system: You are a helpful assistant.
user:
Analyze the provided spectrum to determine if it is a **S-type Star**.

- **Key Indicators for S-type Star:**

    - **(Overall Spectrum Shape):** The first and most obvious characteristic is the overall continuum (the "baseline" shape). It is **extremely "red-sloping,"** meaning the flux (light intensity) is very low on the left side (blue, ~4000-4500 Å) and rises steeply and continuously toward the right side (red, ~7000 Å+).

    - **(Primary):** The spectrum is defined by the presence of strong, broad molecular absorption "valleys" (bands) from **Zirconium Oxide (ZrO)**. The identification of these bands is the **primary requirement** for classifying a star as S-type.
        - **(Key Bandheads):** You must find distinct, deep "dips" where the light has been absorbed. The most critical band systems to locate are:
            - **~6474 Å** ($\gamma$-system): This is often the strongest and clearest ZrO feature, found in the red part of the spectrum.
            - **~5718 Å** & **~5551 Å** ($\beta$-system): A pair of prominent absorption features in the yellow-orange part of the spectrum.
            - **~4640 Å** ($\alpha$-system): A key absorption band system in the blue-green region of the spectrum.

    - **(Secondary Confirmation):** The classification is strengthened by finding additional absorption bands from other related heavy element oxides, which are expected to be present alongside ZrO.
        - **(Key Bandheads):**
            - **Yttrium Oxide (YO):** Look for absorption dips near **~4800 Å** and **~6100 Å**.
            - **Lanthanum Oxide (LaO):** Additional absorption features, particularly in the red-orange part of the spectrum, are also characteristic.

    - **(Line Profile):** The combination of the steep red continuum and these numerous, deep molecular bands (ZrO, YO, etc.) gives the entire spectrum a very **"chopped-up"** or **"bumpy"** appearance. Instead of a smooth curve, the spectrum looks as though large, wide chunks of light have been "carved out" of it at the specific wavelengths listed above.

Think first, call **spectral_visualization_tool** if needed to examine features in detail, then provide your final answer. Your response must adhere to the following strict rules:
1.  **Overall Structure:** Your response must follow the format `<think>...</think> <tool_call>...</tool_call> (if a tool is used) <answer>...</answer>`.
2.  **Tool Usage Constraint:** You may only make **one** tool call per turn.
3.  **Final Answer Format:** In the `<answer>` tag, your conclusion must be inside a `\boxed{}` command (e.g., `\boxed{YES}` or `\boxed{NO}`), followed by your justification.

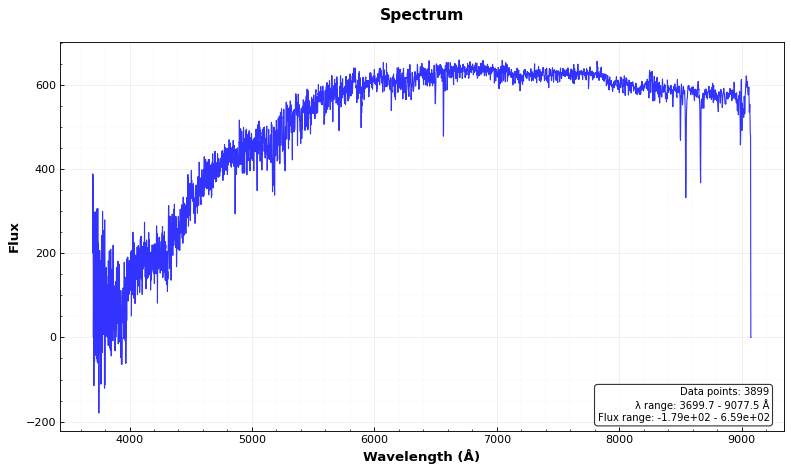
Answer: NO